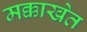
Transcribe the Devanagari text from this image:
मक्काखेत